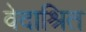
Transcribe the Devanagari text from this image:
वेदाश्रित